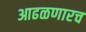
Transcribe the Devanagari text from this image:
आढळणारच